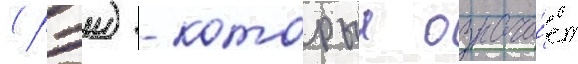
(рэи) - которыи означа́ет